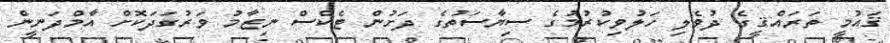
ޤައުމީ ތަރައްޤީގެ ދުވެލި ހަލުވިކުރުމުގެ ސިޔާސަތުގެ ދަށުން ޓެކްސް ނިޒާމު ވަރުގަދަކޮށް އާމްދަނީން